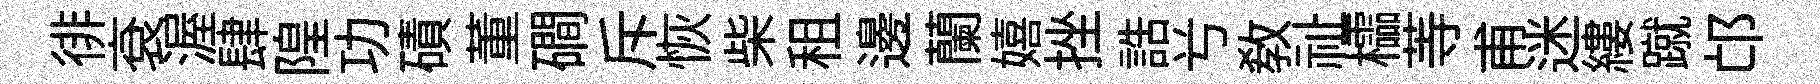
徘袞渥肆隍功磧董磵斥恢柴租邊蘭嬉挫誥𠔃敎祉櫺䓁甫迷縷蹴邙